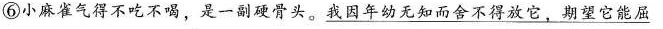
⑥小麻雀气得不吃不喝，是一副硬骨头。\underline{我因年幼无知而舍不得放它，期望它能屈}